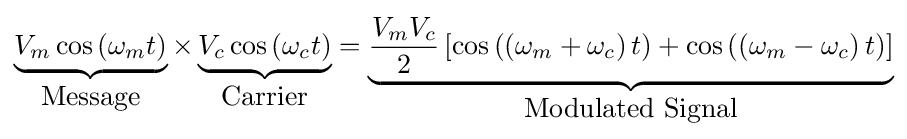
\underbrace {V_{m}\cos \left(\omega _{m}t\right)} _{\mbox{Message}}\times \underbrace {V_{c}\cos \left(\omega _{c}t\right)} _{\mbox{Carrier}}=\underbrace {{\frac {V_{m}V_{c}}{2}}\left[\cos \left(\left(\omega _{m}+\omega _{c}\right)t\right)+\cos \left(\left(\omega _{m}-\omega _{c}\right)t\right)\right]} _{\mbox{Modulated Signal}}